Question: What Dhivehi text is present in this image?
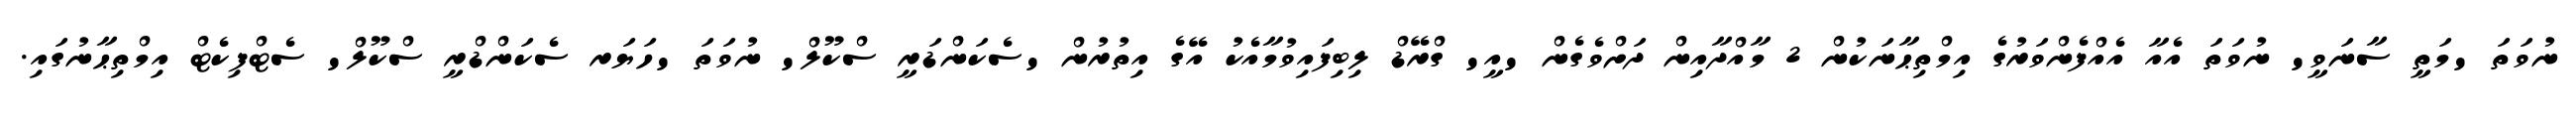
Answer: ނުވަތަ 'މަތީ ސާނަވީ' ނުވަތަ އެއާ އެއްފެންވަރުގެ އިމްތިޙާނަކުން 2 މާއްދާއިން ދަށްވެގެން 'އީ' ގްރޭޑް ލިބިފައިވުމާއެކު އޭގެ އިތުރުން 'ސެކަންޑަރީ ސްކޫލް' ނުވަތަ 'ހަޔަރ ސެކަންޑްރީ ސްކޫލް' ސެޓްފިކެޓް އިމްތިޙާނުގައި.